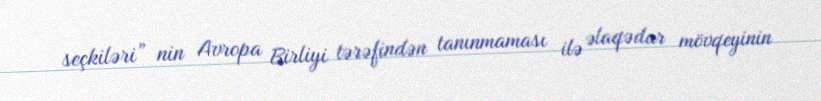
seçkiləri” nin Avropa Birliyi tərəfindən tanınmaması ilə əlaqədar mövqeyinin